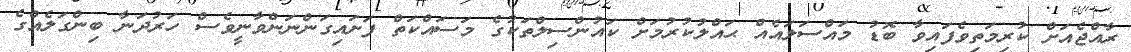
ރާއްޖެއަށް ކުރިމަތިވެފައިވާ ބޮޑު މައްސަލައެއް ޙައްލުކުރުމަށް ކައުންސިލްތަކުގެ މަސައްކަތް ފަށައިގަންނަންވާނީވެސް ހަރުދަނާ ބިންގަލެއްގެ